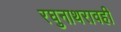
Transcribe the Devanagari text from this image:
रघुनाथरावही